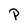
Character: P